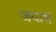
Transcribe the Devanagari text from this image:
जयाश्व